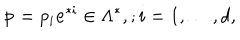
{ \bf p } = p _ { i } { \bf e } ^ { * i } \in \Lambda ^ { * } , ; i = 1 , \dots , d ,